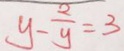
y - \frac { 2 } { y } = 3